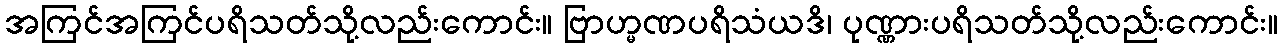
အကြင်အကြင်ပရိသတ်သို့လည်းကောင်း။ ဗြာဟ္မဏပရိသံယဒိ၊ ပုဏ္ဏားပရိသတ်သို့လည်းကောင်း။